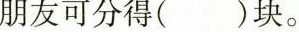
朋友可分得()块。